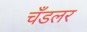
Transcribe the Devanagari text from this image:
चँडलर